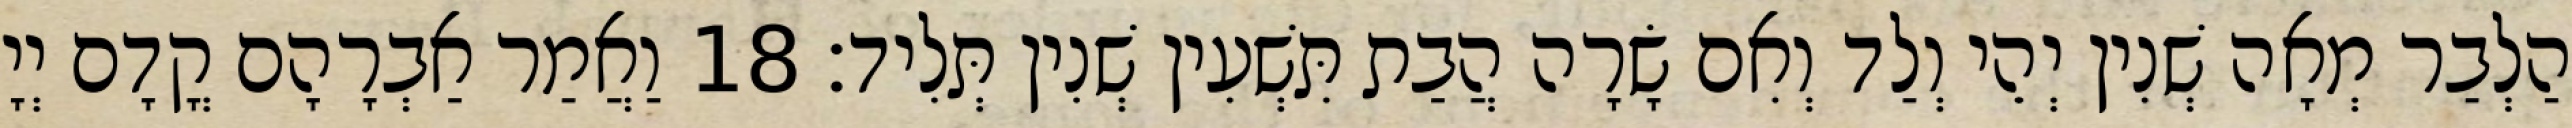
הַלְבַר מְאָה שְׁנִין יְהֵי וְלַד וְאִם שָׂרָה הֲבַת תִּשְׁעִין שְׁנִין תְּלִיד׃ 18 וַאֲמַר אַבְרָהָם קֳדָם יְיָ